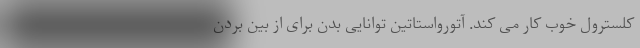
کلسترول خوب کار می کند. آتورواستاتین توانایی بدن برای از بین بردن